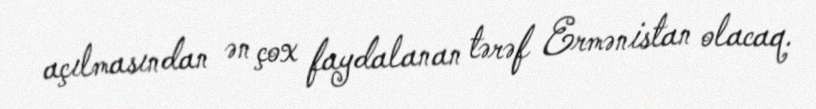
açılmasından ən çox faydalanan tərəf Ermənistan olacaq.